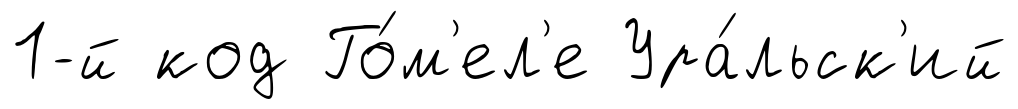
1-й код Го́м'ел'е Ура́льск'ий